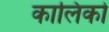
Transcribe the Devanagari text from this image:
कालिको